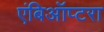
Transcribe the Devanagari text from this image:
एंबिऑप्टरा